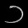
Digit: ၁